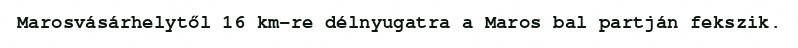
Marosvásárhelytől 16 km-re délnyugatra a Maros bal partján fekszik.